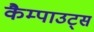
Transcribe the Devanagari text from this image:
कैम्पाउट्स